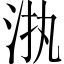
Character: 𱦊